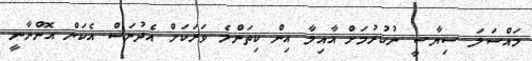
މައްސަލަ ސިޔާސީ ނުކުރުމަށް އާއިލާ އިން ކިތަންމެ ވަރަކަށް އެދުނަސް އެކަން އޮންނާނީ